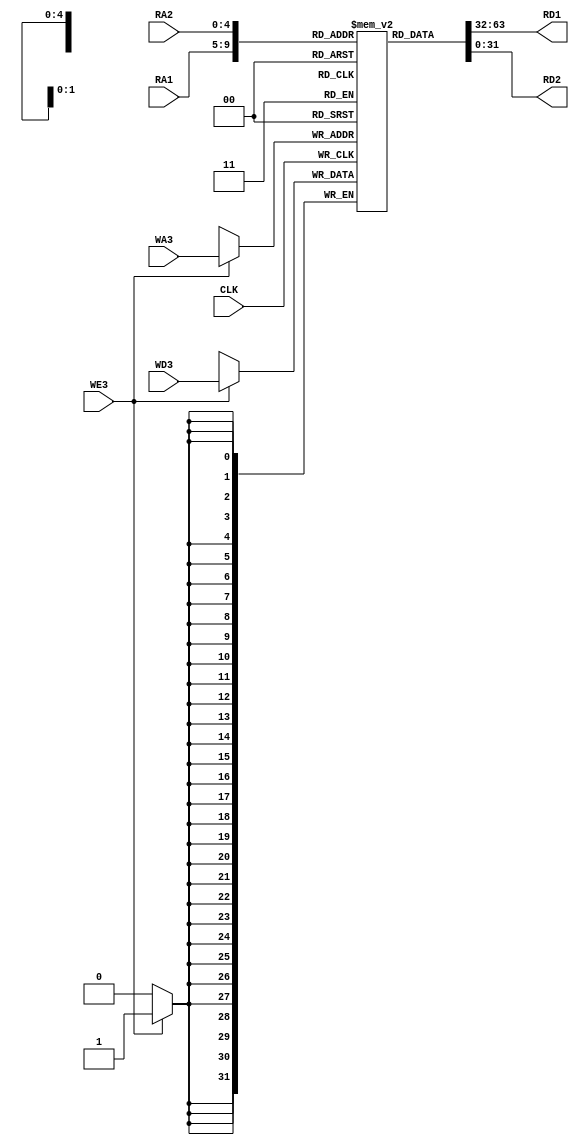
`timescale 1ns / 1ps

module RegisterFile(
    input wire CLK,
    input wire WE3,
    input wire [4:0] RA1,
    input wire[4:0] RA2,
    input wire[4:0] WA3,
    input wire[31:0] WD3,
    output [31:0] RD1,
    output [31:0] RD2
    );

reg [31:0] regFiles [0:31];

integer i;
initial 
begin
    for(i=0;i<32;i=i+1)
        begin
         regFiles[i]=32'b0;
        end
end

assign RD1 = regFiles[RA1];
assign RD2 = regFiles[RA2];

always@(posedge CLK) 
    begin
        if(WE3) begin //Write 
            regFiles[WA3] = WD3;
        end
    end
endmodule